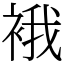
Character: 𧚄